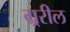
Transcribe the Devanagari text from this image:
ग्र्ररील